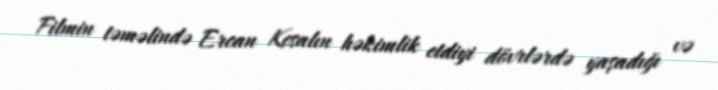
Filmin təməlində Ercan Kesalın həkimlik etdiyi dövrlərdə yaşadığı və